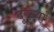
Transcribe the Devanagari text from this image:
दूरुयां